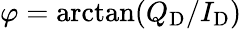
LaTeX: \varphi=\arctan(Q_{\mathrm{D}}/I_{\mathrm{D}})